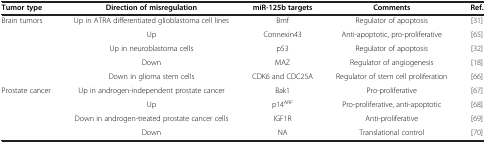
<table><thead><tr><td><b>Tumor type</b></td><td><b>Direction of misregulation</b></td><td><b>miR-125b targets</b></td><td><b>Comments</b></td><td><b>Ref.</b></td></tr></thead><tbody><tr><td>Brain tumors</td><td>Up in ATRA differentiated glioblastoma cell lines</td><td>Bmf</td><td>Regulator of apoptosis</td><td>[31]</td></tr><tr><td> </td><td>Up</td><td>Connexin43</td><td>Anti-apoptotic, pro-proliferative</td><td>[65]</td></tr><tr><td> </td><td>Up in neuroblastoma cells</td><td>p53</td><td>Regulator of apoptosis</td><td>[32]</td></tr><tr><td> </td><td>Down</td><td>MAZ</td><td>Regulator of angiogenesis</td><td>[18]</td></tr><tr><td> </td><td>Down in glioma stem cells</td><td>CDK6 and CDC25A</td><td>Regulator of stem cell proliferation</td><td>[66]</td></tr><tr><td>Prostate cancer</td><td>Up in androgen-independent prostate cancer</td><td>Bak1</td><td>Pro-proliferative</td><td>[67]</td></tr><tr><td> </td><td>Up</td><td>p14<sup>ARF</sup></td><td>Pro-proliferative, anti-apoptotic</td><td>[68]</td></tr><tr><td> </td><td>Down in androgen-treated prostate cancer cells</td><td>IGF1R</td><td>Anti-proliferative</td><td>[69]</td></tr><tr><td> </td><td>Down</td><td>NA</td><td>Translational control</td><td>[70]</td></tr></tbody></table>